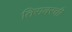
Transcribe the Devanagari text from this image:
तिरावरची